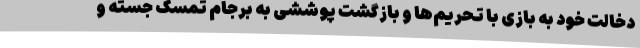
دخالت خود به بازی با تحریم‌ها و بازگشت پوششی به برجام تمسک جسته و